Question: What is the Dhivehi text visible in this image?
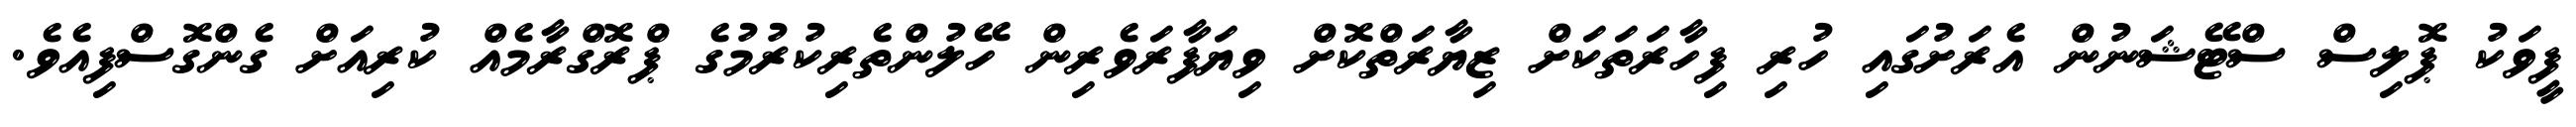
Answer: ފީވަކު ޕޮލިސް ސްޓޭޝަނުން އެރަށުގައި ހުރި ފިހާރަތަކަށް ޒިޔާރަތްކޮށް ވިޔަފާރަވެރިން ހޭލުންތެރިކުރުމުގެ ޕްރޮގްރާމެއް ކުރިއަށް ގެންގޮސްފިއެވެ.